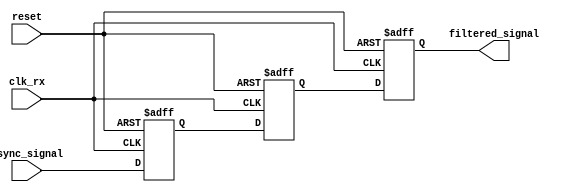
module meta_stability_filter (
    input wire clk_rx,           // Receiving clock
    input wire async_signal,     // Asynchronous input signal
    input wire reset,            // Optional reset signal
    output reg filtered_signal    // Filtered output signal
);

    // Internal signals for the flip-flops
    reg ff1, ff2;

    // Dual Flip-Flop Synchronizer
    always @(posedge clk_rx or posedge reset) begin
        if (reset) begin
            ff1 <= 1'b0;          // Reset FF1 to 0
            ff2 <= 1'b0;          // Reset FF2 to 0
            filtered_signal <= 1'b0; // Reset output signal
        end else begin
            ff1 <= async_signal;   // Sample async_signal at FF1
            ff2 <= ff1;            // Sample ff1 output at FF2
            filtered_signal <= ff2; // Output the stable signal
        end
    end

endmodule